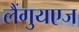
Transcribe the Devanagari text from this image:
लैंगुयएज